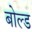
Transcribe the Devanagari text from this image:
बोल्‍ड